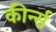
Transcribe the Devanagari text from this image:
कीर्न्स